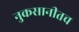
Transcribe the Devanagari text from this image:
नुकसानीतच